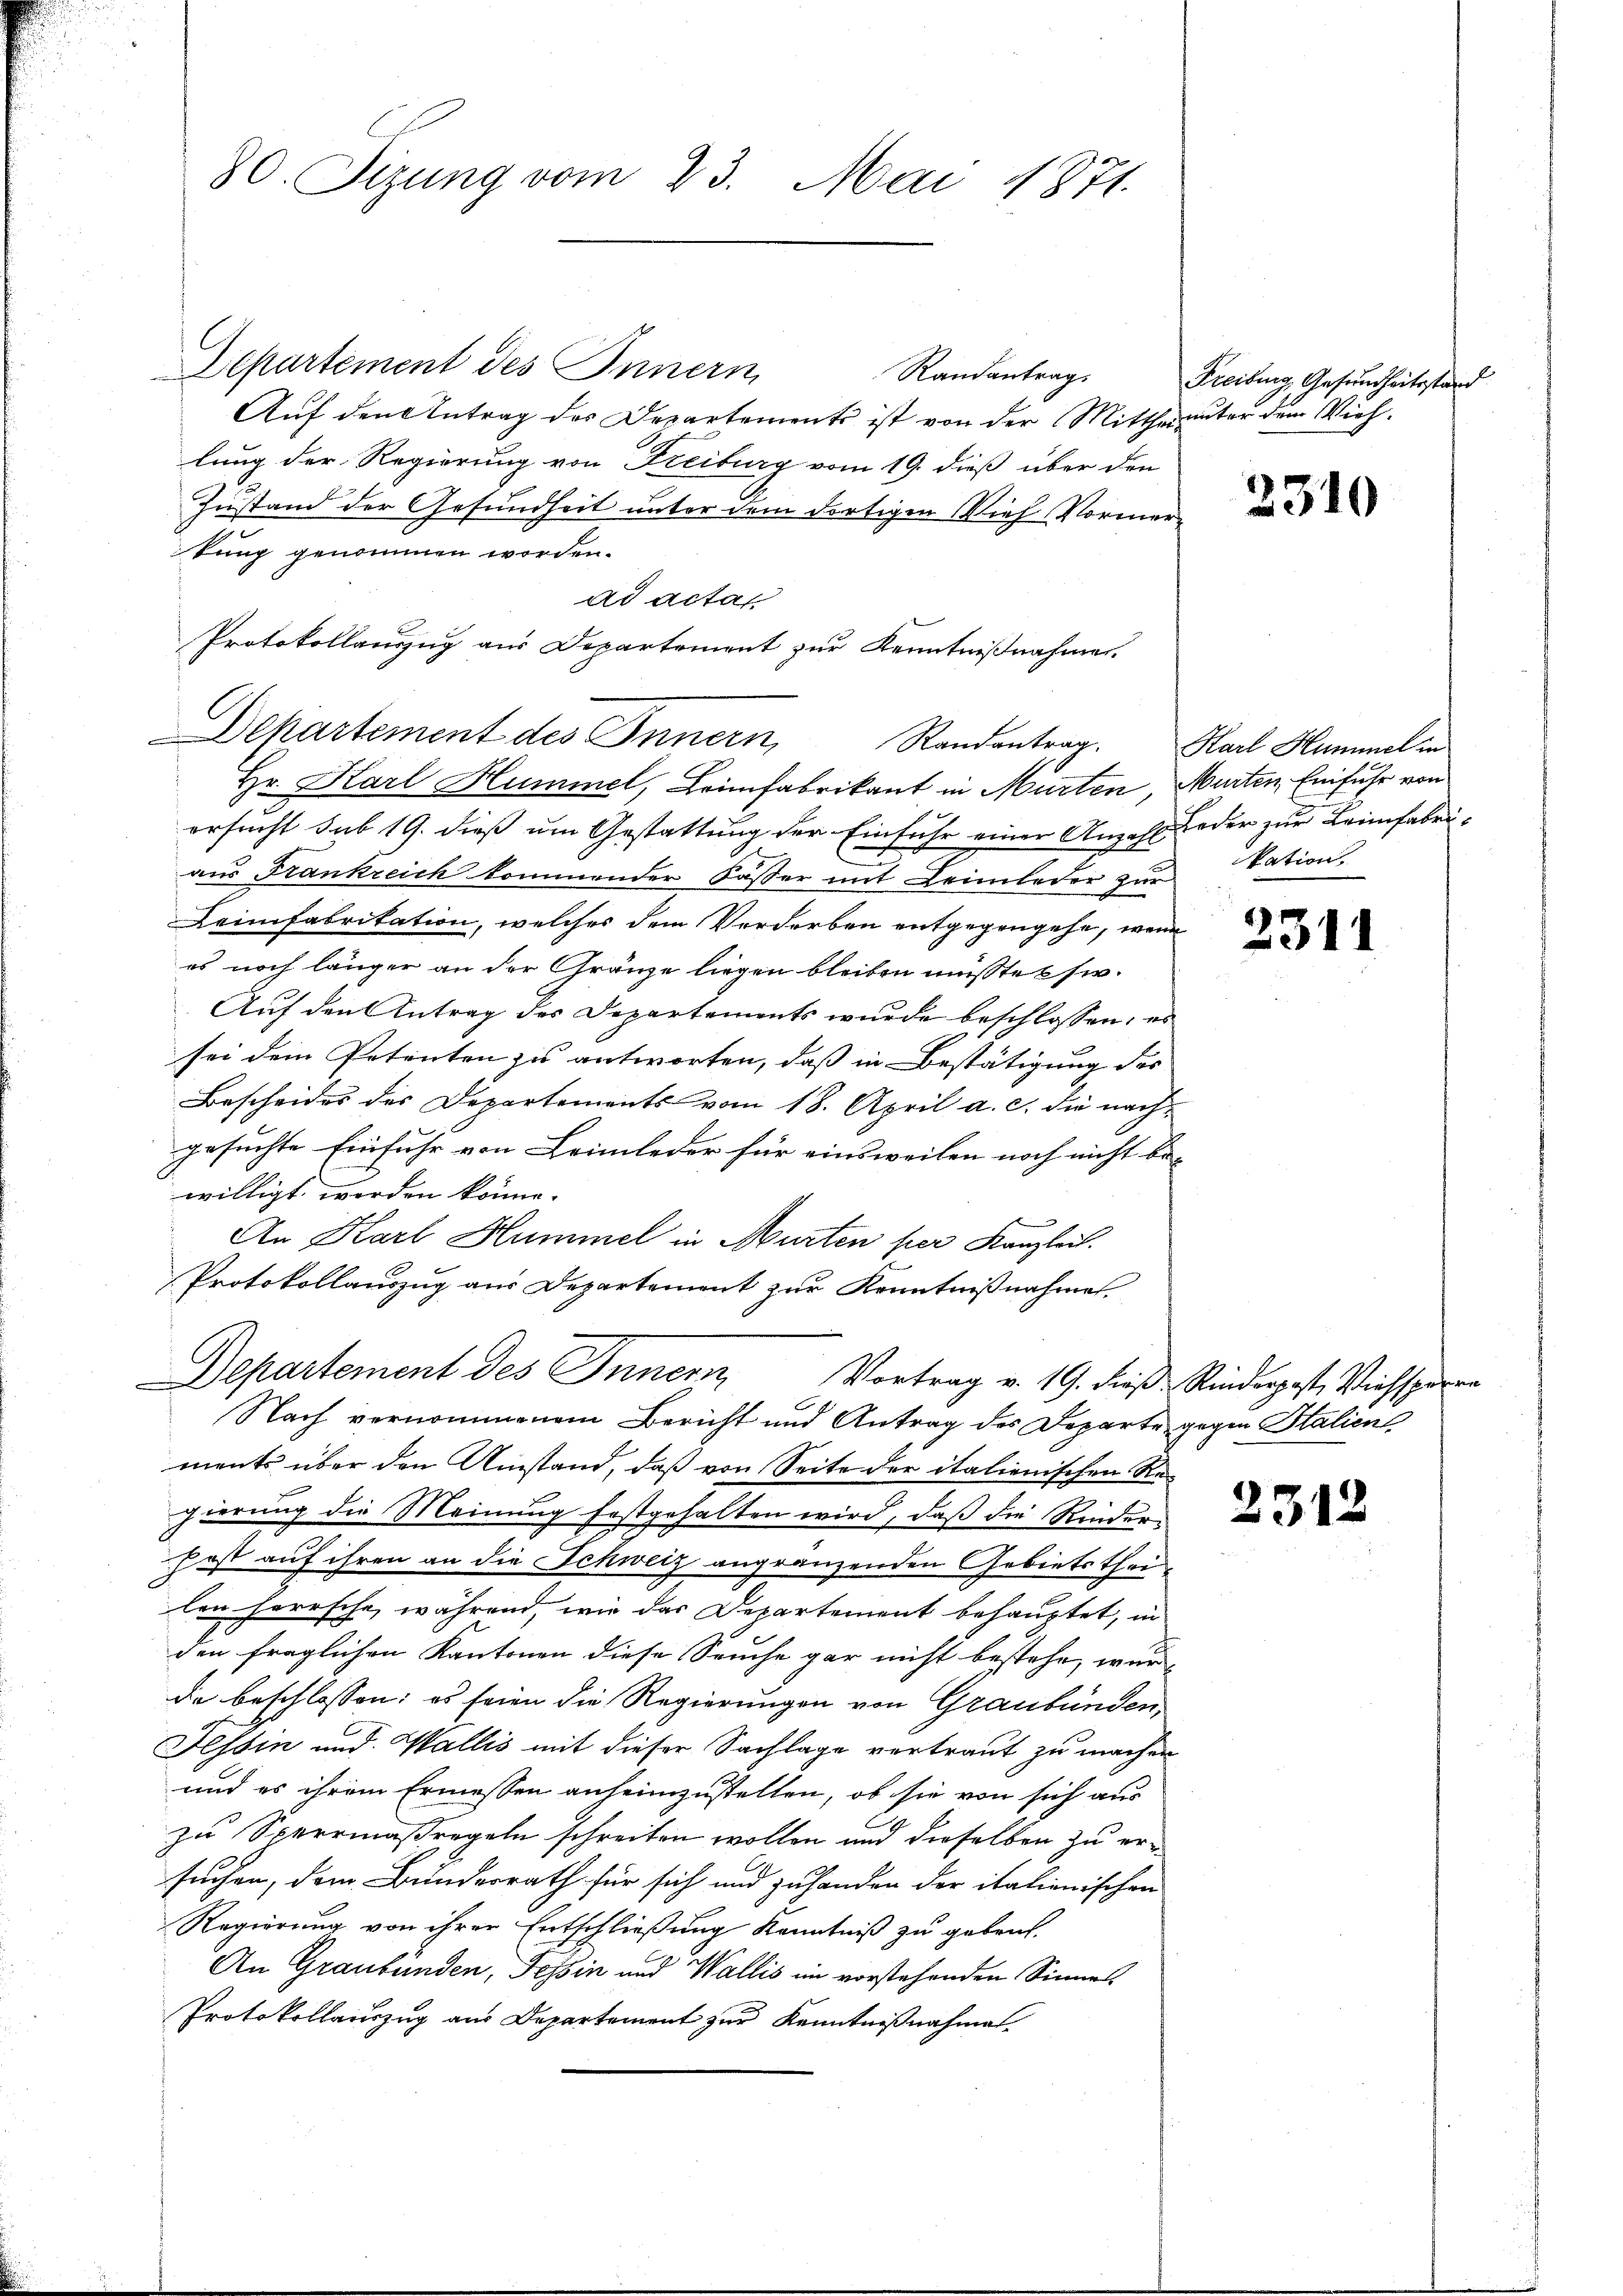
Departement des Innern
Randantrag.
Auf den Antrag des Departements ist von der Mittheinter dem Viehlung der Regierung von Freiburg vom 19. dieß über den
Zustand der Gesundheit unter dem dortigen Vieh Vormerkung genommen worden.
ad actat
Protokollanzug aus Departement zur Kenntnißnahme.
Departement des Innern,

80. Sizung vom 23. Mai 1871.

Randantrag.
Hr. Karl Hummel, Heimfabrikant in Murten, Murten Einfuhr von

ersucht sub 19. dieß um Gestattung der Einfuhr einer Anzahl Leder zur Leimfabriaus Frankreich kommender Kasser mit Leimleder zukation
Leimfabritation, welches dem Verdorben entgegengehe, wenn
es noch länger an der Gränze liegen bleiben müstet sie.
Auf den Antrag des Departements wurde beschlossen: es
sei dem Petenten zu antworten, dass in Bestätigung des
Bescheides des Departements vom 18. April a. c. die nachgesuchte Einfuhr von Leimleder für einsweilen noch nicht be- |
willigt worden könne.
An Karl Hummel in Murten per Kanzleit.
Protokollauszug aus Departement zur Kenntnißnahme.
ments über den Umstand, daß von Seite der italienischen Regierung die Meinung festgehalten wird, daß die Rieder¬
Post auf ihren an die Schweiz angränzenden Gebietsthei
len herrsche, während, wie das Departement behauptet, in
den fraglichen Kantonen diese Seuche gar nicht bestehe, wurde beschlossen: es seien die Regierungen von Graubünden
Tessin und Wallis mit dieser Sachlage vertraut zu machen
und es ihrem Ermessen anheimzustellen, ob sie von sich aus
zu Sperrmaßregeln schreiten wollen und dieselben zu ersuchen, dem Bunderrath für sich und zuhanden der italienischen
Regierung von ihrer Entschließung Kenntniß zu gebent.
An Graubünden, Tessin und Wallis im vorstehenden Sinnes
Protokollauszug aus Departement zur Kenntnißnahmen.

Departement des Innern,
Vortrag v. 19. dieß Rinderpost, Viehsperre
Nach vernommenem Bericht und Antrag des Departe gegen Staliens

Freiburg, Gesundheitsstand

2310

Karl Hummel in

2311

2312